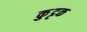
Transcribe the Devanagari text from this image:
कुुट्टक